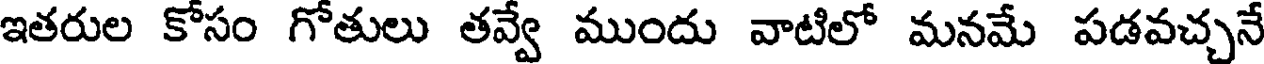
ఇతరుల కోసం గోతులు తవ్వే ముందు వాటిలో మనమే పడవచ్చనే